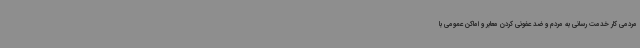
مردمی کار خدمت رسانی به مردم و ضد عفونی کردن معابر و اماکن عمومی با